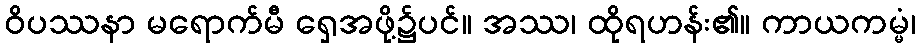
ဝိပဿနာ မရောက်မီ ရှေအဖို့၌ပင်။ အဿ၊ ထိုရဟန်း၏။ ကာယကမ္မံ၊